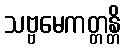
သဗ္ဗမေကတ္တန္တိ